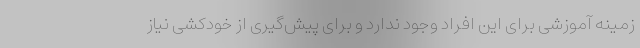
زمینه آموزشی برای این افراد وجود ندارد و برای پیش‌گیری از خودکشی نیاز